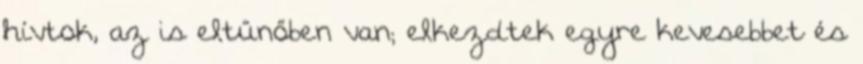
hívtok, az is eltűnőben van; elkezdtek egyre kevesebbet és